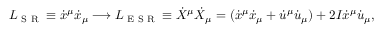
L _ { \textrm { S R } } \equiv \dot { x } ^ { \mu } \dot { x } _ { \mu } \longrightarrow L _ { \textrm { E S R } } \equiv \dot { X } ^ { \mu } \dot { X } _ { \mu } = ( \dot { x } ^ { \mu } \dot { x } _ { \mu } + \dot { u } ^ { \mu } \dot { u } _ { \mu } ) + 2 I \dot { x } ^ { \mu } \dot { u } _ { \mu } ,